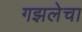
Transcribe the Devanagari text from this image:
गझलेचा